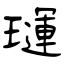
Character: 璭